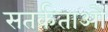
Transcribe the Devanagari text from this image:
सतर्कताओं